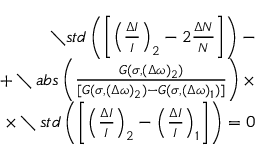
\begin{array} { r l r } & { } & { \setminus s t d \left( \left[ \left( \frac { \Delta I } { I } \right) _ { 2 } - 2 \frac { \Delta N } { N } \right] \right) - } \\ & { } & { + \setminus a b s \left( \frac { G ( \sigma , ( \Delta \omega ) _ { 2 } ) } { [ G ( \sigma , ( \Delta \omega ) _ { 2 } ) - G ( \sigma , ( \Delta \omega ) _ { 1 } ) ] } \right) \times } \\ & { } & { \times \setminus s t d \left( \left[ \left( \frac { \Delta I } { I } \right) _ { 2 } - \left( \frac { \Delta I } { I } \right) _ { 1 } \right] \right) = 0 } \end{array}